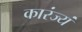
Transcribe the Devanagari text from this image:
कारंज्यं